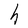
Character: h